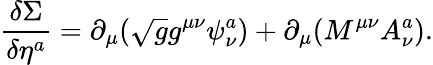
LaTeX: \frac{\delta\Sigma}{\delta\eta^{a}}=\partial_{\mu}(\sqrt{g}g^{\mu\nu}\psi_{\nu}^{a})+\partial_{\mu}(M^{\mu\nu}A_{\nu}^{a}).